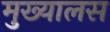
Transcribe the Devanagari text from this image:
मुख्यालस